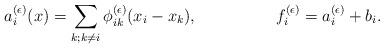
LaTeX: \begin{align*}a^{(\epsilon)}_i(x)&=\sum_{k;k\neq i}\phi^{(\epsilon)}_{ik}(x_i-x_k),&f^{(\epsilon)}_i=a^{(\epsilon)}_i+b_i.\end{align*}